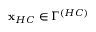
\mathbf { x } _ { H C } \in \Gamma ^ { \left( H C \right) }